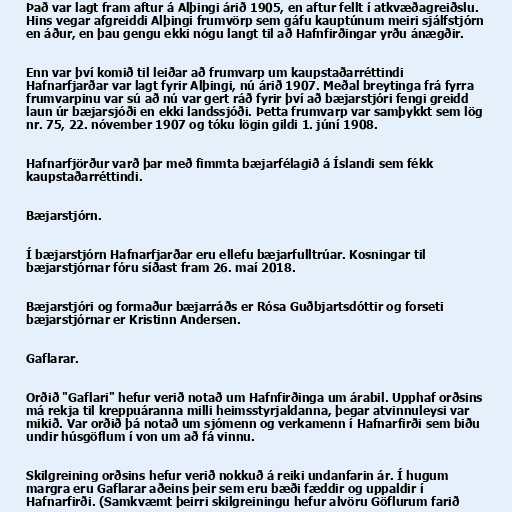
Það var lagt fram aftur á Alþingi árið 1905, en aftur fellt í atkvæðagreiðslu.
Hins vegar afgreiddi Alþingi frumvörp sem gáfu kauptúnum meiri sjálfstjórn
en áður, en þau gengu ekki nógu langt til að Hafnfirðingar yrðu ánægðir.

Enn var því komið til leiðar að frumvarp um kaupstaðarréttindi
Hafnarfjarðar var lagt fyrir Alþingi, nú árið 1907. Meðal breytinga frá fyrra
frumvarpinu var sú að nú var gert ráð fyrir því að bæjarstjóri fengi greidd
laun úr bæjarsjóði en ekki landssjóði. Þetta frumvarp var samþykkt sem lög
nr. 75, 22. nóvember 1907 og tóku lögin gildi 1. júní 1908.

Hafnarfjörður varð þar með fimmta bæjarfélagið á Íslandi sem fékk
kaupstaðarréttindi.

Bæjarstjórn.

Í bæjarstjórn Hafnarfjarðar eru ellefu bæjarfulltrúar. Kosningar til
bæjarstjórnar fóru síðast fram 26. maí 2018.

Bæjarstjóri og formaður bæjarráðs er Rósa Guðbjartsdóttir og forseti
bæjarstjórnar er Kristinn Andersen.

Gaflarar.

Orðið "Gaflari" hefur verið notað um Hafnfirðinga um árabil. Upphaf orðsins
má rekja til kreppuáranna milli heimsstyrjaldanna, þegar atvinnuleysi var
mikið. Var orðið þá notað um sjómenn og verkamenn í Hafnarfirði sem biðu
undir húsgöflum í von um að fá vinnu.

Skilgreining orðsins hefur verið nokkuð á reiki undanfarin ár. Í hugum
margra eru Gaflarar aðeins þeir sem eru bæði fæddir og uppaldir í
Hafnarfirði. (Samkvæmt þeirri skilgreiningu hefur alvöru Göflurum farið